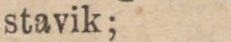
stavik;